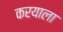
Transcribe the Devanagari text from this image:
करयाला